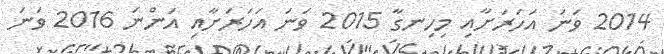
2014 ވަނަ އަހަރަށާއި މިހިނގާ 2015 ވަނަ އަހަރަށާއި އަންނަ 2016 ވަނަ